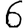
Digit: 6